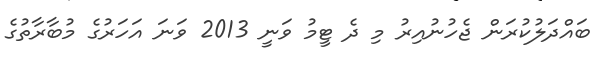
ބައްދަލުކުރަން ޖެހުނުއިރު މި ދެ ޓީމު ވަނީ 2013 ވަނަ އަހަރުގެ މުބާރާތުގެ